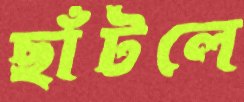
ছাঁটলে